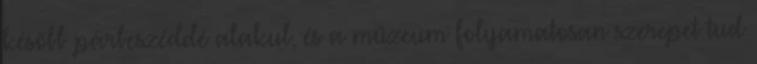
később párbeszéddé alakul, és a múzeum folyamatosan szerepet tud